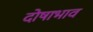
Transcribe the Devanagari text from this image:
दोषाभाव